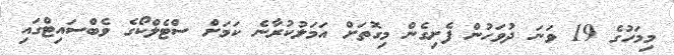
މިމަހުގެ 19 ވަަނަ ދުވަހުން ފެށިގެން މިގޮތަށް އަމަލުކުރާނެ ކަމަށް ސްޓެލްކޯގެ ވެބްސައިޓްގައި